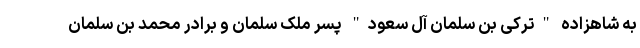
به شاهزاده "ترکی بن سلمان آل سعود" پسر ملک سلمان و برادر محمد بن سلمان